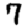
Digit: 7